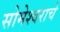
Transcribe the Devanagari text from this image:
सोमेश्वराचे